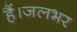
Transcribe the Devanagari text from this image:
हैं।जलभर